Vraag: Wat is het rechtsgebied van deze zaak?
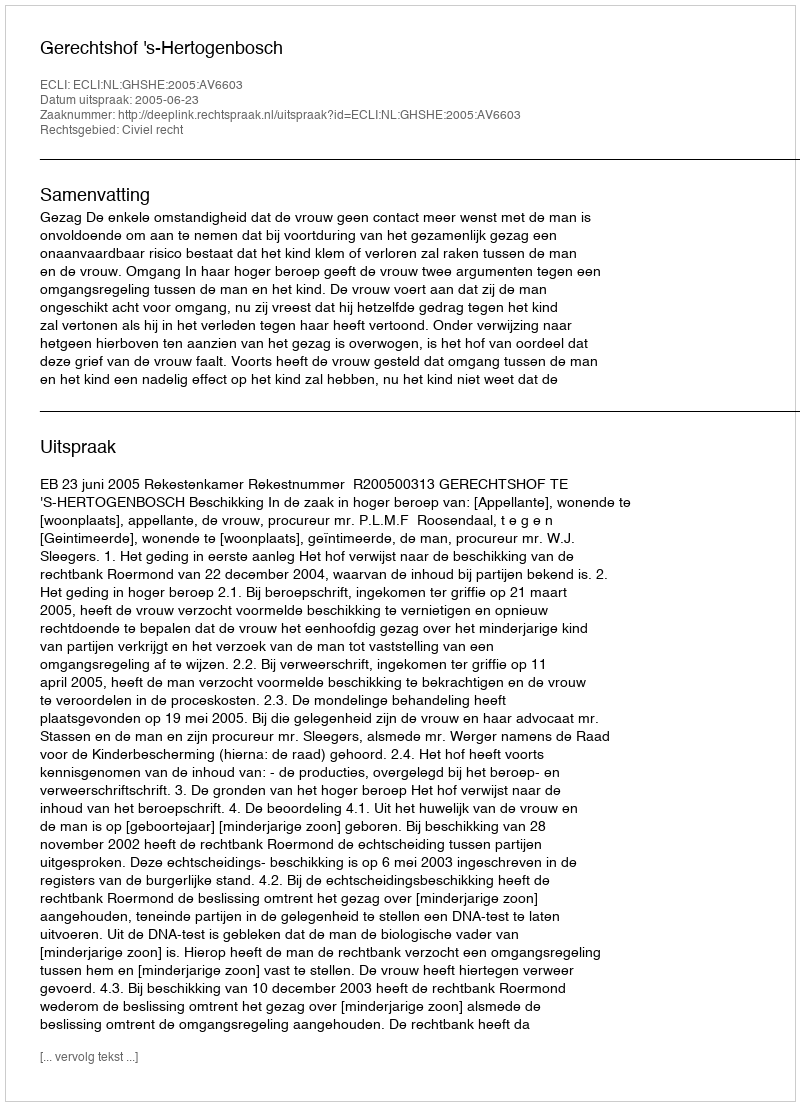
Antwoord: Civiel recht